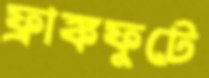
ফ্রাঙ্কফুটে